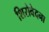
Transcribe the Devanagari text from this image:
शिरोवेदना